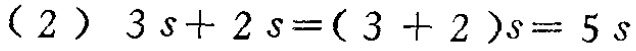
\((2)\ 3s + 2s=(3 + 2)s = 5s\)